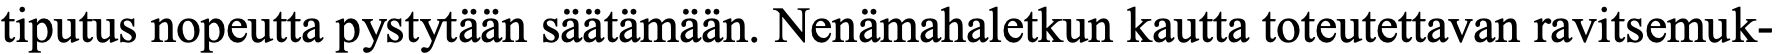
tiputus nopeutta pystytään säätämään. Nenämahaletkun kautta toteutettavan ravitsemuk-